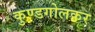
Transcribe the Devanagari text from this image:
कुण्डगोलकर